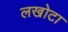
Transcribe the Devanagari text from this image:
लखोटा